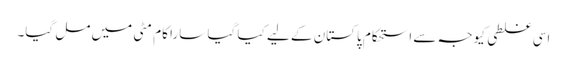
اسی غلطی کیوجہ سے استحکام پاکستان کے لیے کیا گیا سارا کام مٹی میں مل گیا۔